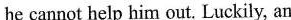
he cannot help him out. Luckily, an